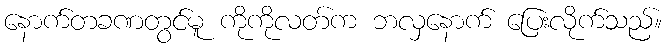
နောက်တခဏတွင်မူ ကိုကိုလတ်က ဘလှနောက် ပြေးလိုက်သည်။